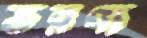
ভরণ্য